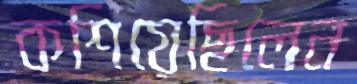
কশিয়েছিলেন